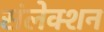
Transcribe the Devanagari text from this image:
संलेक्शन